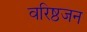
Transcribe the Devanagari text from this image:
वरिष्ठजन